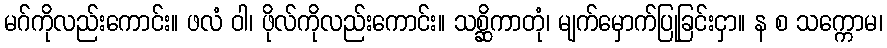
မဂ်ကိုလည်းကောင်း။ ဖလံ ဝါ၊ ဖိုလ်ကိုလည်းကောင်း။ သစ္ဆိကာတုံ၊ မျက်မှောက်ပြုခြင်းငှာ။ န စ သက္ကောမ၊